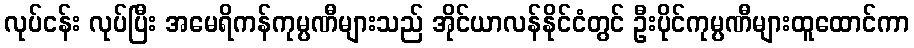
လုပ်ငန်း လုပ်ပြီး အမေရိကန်ကုမ္ပဏီများသည် အိုင်ယာလန်နိုင်ငံတွင် ဦးပိုင်ကုမ္ပဏီများထူထောင်ကာ